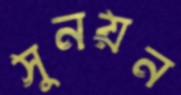
সুনয়ন